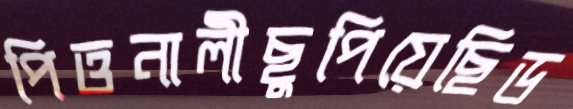
পিত্তনালীছুপিয়েছিড